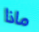
ماذا